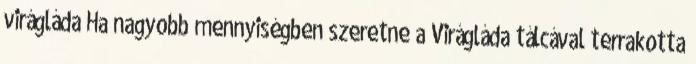
virágláda Ha nagyobb mennyiségben szeretne a Virágláda tálcával terrakotta